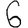
Digit: 6